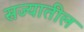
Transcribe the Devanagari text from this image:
सज्यातील